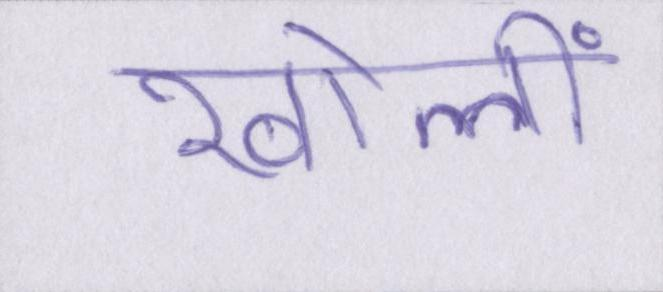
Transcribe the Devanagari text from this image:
खोलीं